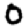
Digit: 0